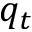
q _ { t }